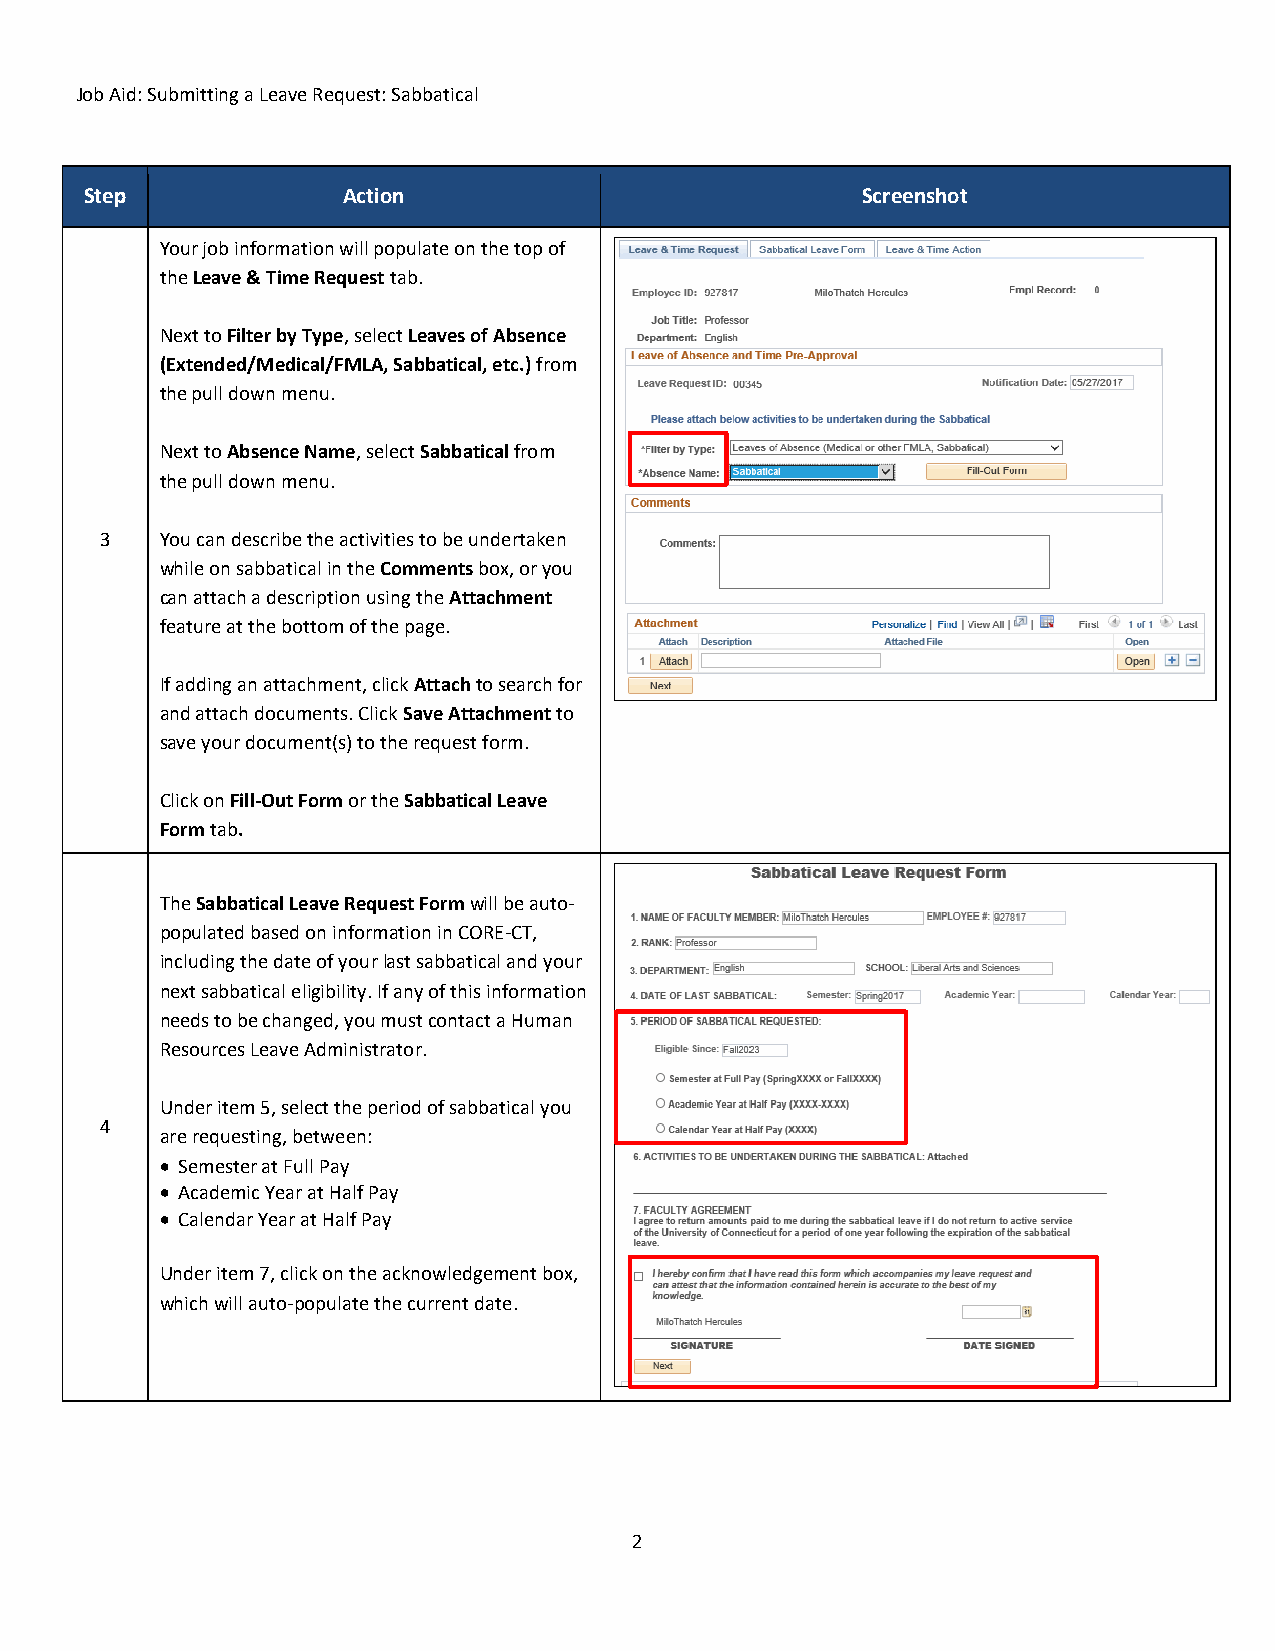
Job Aid: Submitting a Leave Request: Sabbatical
 Step             Action                            Screenshot
 Your job information will populate on the top of
 the Leave & Time Request tab.
 Next to Filter by Type, select Leaves of Absence
 (Extended/Medical/FMLA, Sabbatical, etc.) from
 the pull down menu.
 Next to Absence Name, select Sabbatical from
 the pull down menu.
 3   You can describe the activities to be undertaken
 while on sabbatical in the Comments box, or you
 can attach a description using the Attachment
 feature at the bottom of the page.
 If adding an attachment, click Attach to search for
 and attach documents. Click Save Attachment to
 save your document(s) to the request form.
 Click on Fill-Out Form or the Sabbatical Leave
 Form tab.
 The Sabbatical Leave Request Form will be auto-
 populated based on information in CORE-CT,
 including the date of your last sabbatical and your
 next sabbatical eligibility. If any of this information
 needs to be changed, you must contact a Human
 Resources Leave Administrator.
 Under item 5, select the period of sabbatical you
 4
 are requesting, between:
  Semester at Full Pay
  Academic Year at Half Pay
  Calendar Year at Half Pay
 Under item 7, click on the acknowledgement box,
 which will auto-populate the current date.
 2